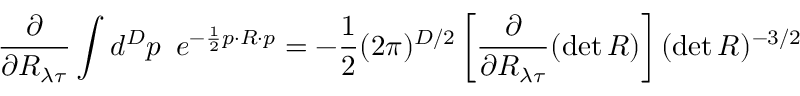
\frac { \partial } { \partial R _ { { \lambda } { \tau } } } \int d ^ { D } p \, \, \, e ^ { - \frac { 1 } { 2 } p \cdot R \cdot p } = - \frac { 1 } { 2 } ( 2 \pi ) ^ { D / 2 } \left[ \frac { \partial } { \partial R _ { { \lambda } { \tau } } } ( \operatorname * { d e t } R ) \right] ( \operatorname * { d e t } R ) ^ { - 3 / 2 }